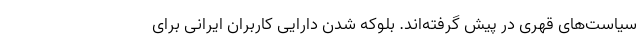
سیاست‌های قهری در پیش گرفته‌اند. بلوکه شدن دارایی کاربران ایرانی برای